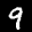
Label: 9